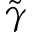
\tilde { \gamma }